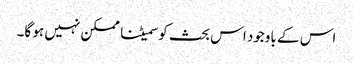
اس کے باوجود اس بحث کو سمیٹنا ممکن نہیں ہو گا۔